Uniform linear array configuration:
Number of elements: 32
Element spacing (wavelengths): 0.75
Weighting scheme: exponential
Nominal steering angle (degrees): -30
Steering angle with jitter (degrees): -31.601
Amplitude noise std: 0.05
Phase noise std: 0.05

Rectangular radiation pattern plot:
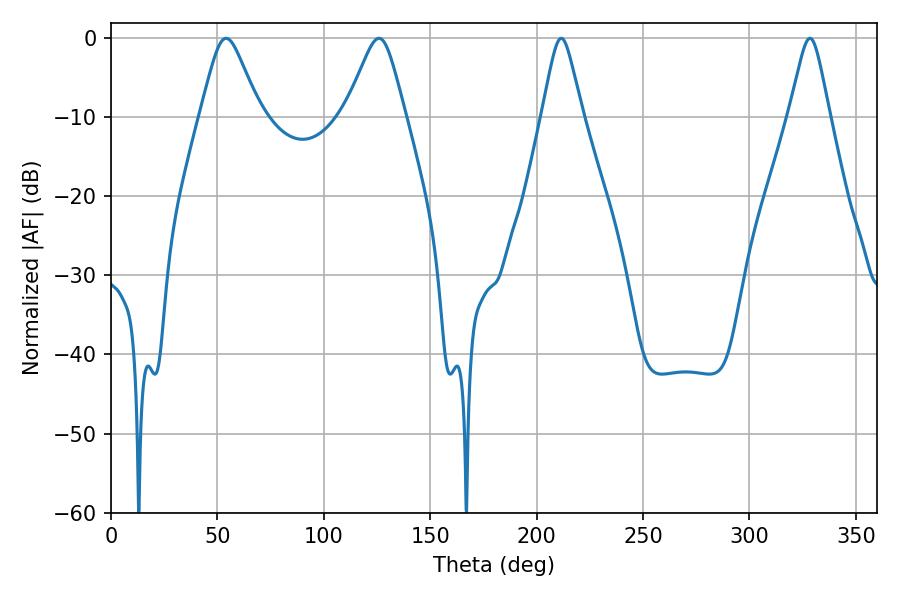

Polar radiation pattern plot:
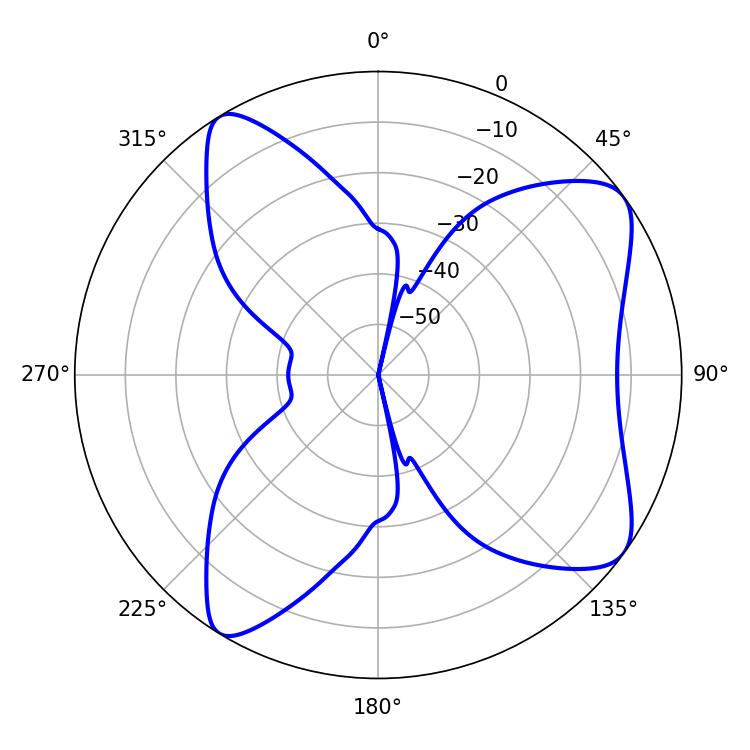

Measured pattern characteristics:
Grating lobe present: TRUE
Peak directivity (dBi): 8.434
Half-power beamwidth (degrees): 13.32
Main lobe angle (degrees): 54